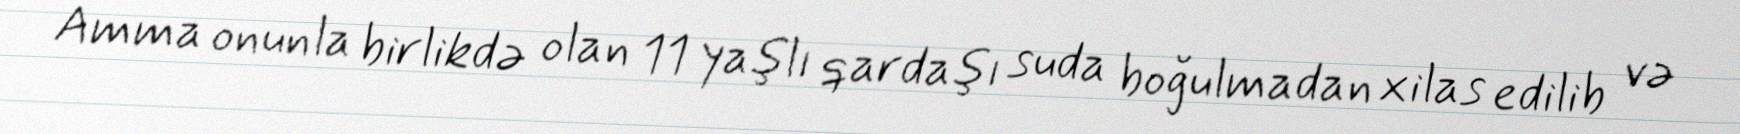
Amma onunla birlikdə olan 11 yaşlı qardaşı suda boğulmadan xilas edilib və